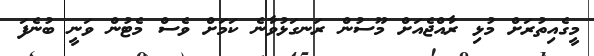
މީގެއިތުރަށް މުޅި ރާއްޖެއަށް މޫސުން ރަނގަޅުވާނެ ކަމަށް ވެސް މެޓުން ވަނީ ބުނެފަ